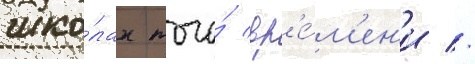
шко́лах того́ вр'е́м'ен'и //